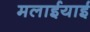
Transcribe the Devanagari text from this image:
मलाईयाई